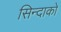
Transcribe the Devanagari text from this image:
सिन्दाको